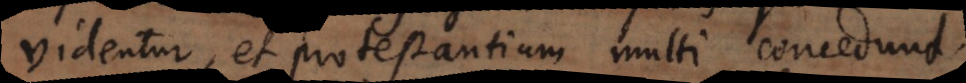
videntur, et protestantium multi concedunt.